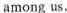
among us.